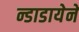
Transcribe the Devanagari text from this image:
न्डाडायेने